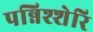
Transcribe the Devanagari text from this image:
पन्निश्शेरि